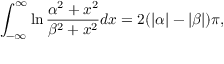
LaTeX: \int _ { - \infty } ^ { \infty } \ln \frac { \alpha ^ { 2 } + x ^ { 2 } } { \beta ^ { 2 } + x ^ { 2 } } d x = 2 ( | \alpha | - | \beta | ) \pi ,